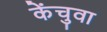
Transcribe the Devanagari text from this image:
केंचुवा